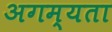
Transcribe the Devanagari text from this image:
अगम्यता